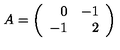
A = \left( \begin{array} { r r } { 0 } & { - 1 } \\ { - 1 } & { 2 } \\ \end{array} \right)